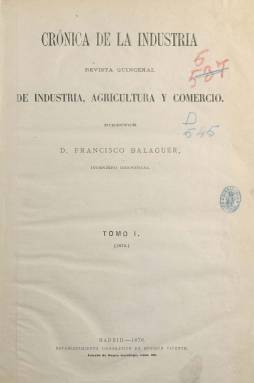
Título: Crónica de la industria
Colección: Industria
Ámbito geográfico: Madrid
Lugar de publicación: Madrid
Fechas: 15/01/1876-31/12/1880

Revista quincenal de industria, agricultura y comercio, indica el subtítulo de esta publicación que edita su primer número el uno de enero de 1875, dirigida por el ingeniero industrial, químico y mecánico Francisco Balaguer y Primo (1841-1880), propietaria también de una oficina técnica o agencia encargada de gestionar proyectos y trabajos de toda índole del ramo industrial y representante de casas constructoras extranjeras, con domicilio en el madrileño Paseo del Prado.

Con paginación variada y continua anual, entre las doce y las 24, en tamaño folio, las dos primeras y las dos últimas hacen de cubierta, en las que se insertan anuncios. Ilustra sus textos al incorporar casi una decena de grabados de maquinaria o aparatos técnicos en cada entrega. Anualmente, también publica un índice alfabético de materias y otro de grabados para unirlos al correspondiente tomo.

Tiene sección para cada una de las materias de las que trata: Industria, Agricultura y Comercio, además de incluir otras sobre Bibliografía o Mercados nacionales y extranjeros. Son numerosísimos los asuntos que aborda, siempre desde un enfoque técnico y analítico, desde productos químicos para la agricultura, como los abonos, o las labores agrícolas y la conservación de frutas y hortalizas; hasta aparatos y maquinaria para todos los sectores de producción; cuestiones económicas, como los aranceles, conferencias y exposiciones; transportes (canales marítimos o ferrocarriles), metales, comercio, importación y exportación, construcción de objetos, fabricación y empleo de materias primas y otros materiales, etc.

Al no poder atenderla debidamente, por sus continuas ausencias de Madrid, Balaguer abandona la revista a finales de 1876, y su propiedad y dirección la toma el agrónomo, militar y político Balbino Cortés y Morales (1806-1889), entonces vocal de la Junta Provincial de Agricultura, Industria y Comercio y miembro de varias corporaciones científicas-industriales españolas y extranjeras, a la vez que se incorpora a su redacción el ingeniero inglés A. Gybbon Spilsbury. Al subtítulo se le añade la indicación de “ciencias”.

A partir del uno de enero de 1878, la revista inicia una segunda época y asumirá la propiedad y dirección Juan Blas Sitges Grifoll (1842-1919), que será director general de Aduanas en el periodo 1899-1907.

La colección de este título en la Biblioteca Nacional de España es incompleta y acaba con la entrega correspondiente al 31 de diciembre de 1880.